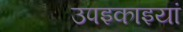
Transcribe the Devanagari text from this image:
उपइकाइयां